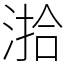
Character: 湁